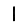
Digit: 1